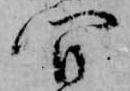
間